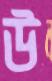
উ